Document type: Sale
Year: 1235
Scribe: Pere de Bages
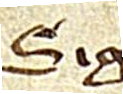
Sig